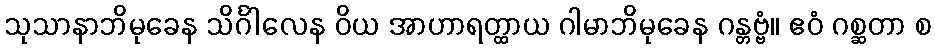
သုသာနာဘိမုခေန သိင်္ဂါလေန ဝိယ အာဟာရတ္ထာယ ဂါမာဘိမုခေန ဂန္တဗ္ဗံ။ ဧဝံ ဂစ္ဆတာ စ